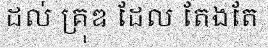
ដល់ គ្រុឌ ដែល តែងតែ